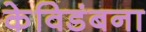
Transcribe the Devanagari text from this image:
केविडंबना